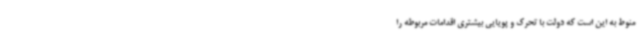
منوط به این است که دولت با تحرک و پویایی بیشتری اقدامات مربوطه را